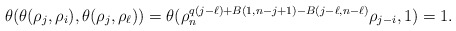
\begin{align*} \theta(\theta(\rho_{j}, \rho_{i}), \theta(\rho_{j}, \rho_{\ell}))=\theta(\rho_n^{q(j-\ell)+B(1,n-j+1)-B(j-\ell, n-\ell)} \rho_{j-i},1)=1.\end{align*}